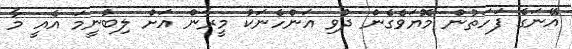
އޭނަގެ ފަހަތުން މޮޔަވެގެން ދުވި އަންހެނަކު މީރާން އަށް ލިބުނީމަ އެއީ މާ